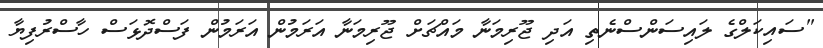
"ސައިކަލްގެ ލައިސަންސްނެތި އަދި ޖޫރިމަނާ މައްޗަށް ޖޫރިމަނާ އަރަމުން އަރަމުން ފަސްދޮޅަސް ހާސްރުފިޔާ